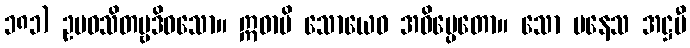
၁၈၁) ဥပဝသိတဗ္ဗဒိဝသော။ ဣဓာပိ သောယေဝ အဓိပ္ပေတော။ သော ပနေသ အဋ္ဌမီ